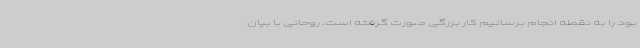
بود را به نقطه انجام برسانیم کار بزرگی صورت گرفته است. روحانی با بیان